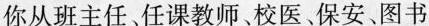
你从班主任、任课教师、校医、保安、图书